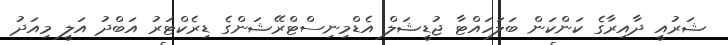
ޝަރުއީ ދާއިރާގެ ކަންކަން ބަލަހައްޓާ ޖުޑީޝަލް އެޑްމިނިސްޓްރޭޝަންގެ ޑިރެކްޓަރު އަބްދު އަލީ މިއަދު